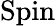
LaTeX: \operatorname{Spin}